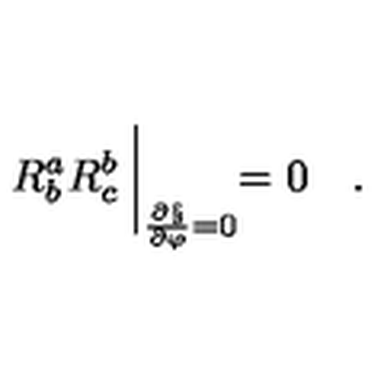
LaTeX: R _ { b } ^ { a } R _ { c } ^ { b } \: \biggl | _ { \frac { \partial \S } { \partial \varphi } = 0 } = 0 \quad .